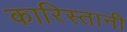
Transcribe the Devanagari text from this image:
कारिस्तानी